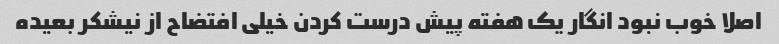
اصلا خوب نبود انگار یک هفته پیش درست کردن خیلی افتضاح از نیشکر بعیده